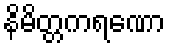
နိမိတ္တကရဏော